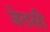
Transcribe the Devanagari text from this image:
जेतसी